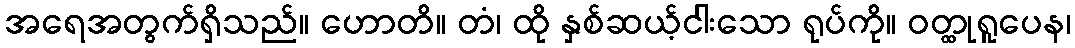
အရေအတွက်ရှိသည်။ ဟောတိ။ တံ၊ ထို နှစ်ဆယ့်ငါးသော ရုပ်ကို။ ဝတ္ထုရူပေန၊